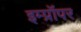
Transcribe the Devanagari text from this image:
इम्प्रॉपर